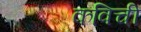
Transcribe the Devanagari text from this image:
कविची